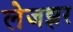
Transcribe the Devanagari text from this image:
लेजझर